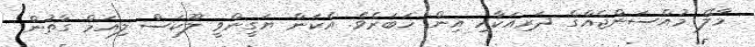
މާލޭ މުއްސަންޖެއްގެ ދަރިއަކާއި އިން ޚަބަރެވެ. އެކަން ޔަގީންވީ ލޫކަސް ލިއަމް ގާތުން